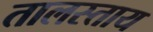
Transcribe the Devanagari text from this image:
तालस्ताय